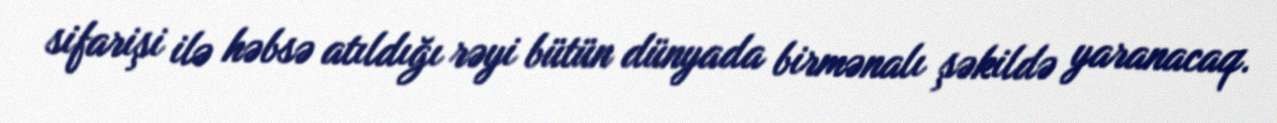
sifarişi ilə həbsə atıldığı rəyi bütün dünyada birmənalı şəkildə yaranacaq.